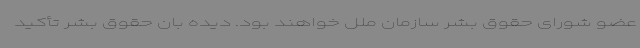
عضو شورای حقوق بشر سازمان ملل خواهند بود. دیده بان حقوق بشر تأکید